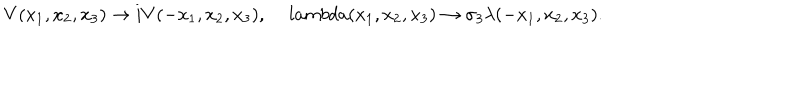
V ( x _ { 1 } , x _ { 2 } , x _ { 3 } ) \rightarrow i V ( - x _ { 1 } , x _ { 2 } , x _ { 3 } ) , \, l a m b d a ( x _ { 1 } , x _ { 2 } , x _ { 3 } ) \rightarrow \sigma _ { 3 } \lambda ( - x _ { 1 } , x _ { 2 } , x _ { 3 } ) .